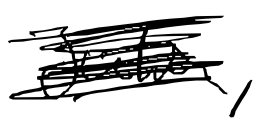
Text: Julia,
Cross-out: scratch
Writing tool: digital_black